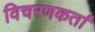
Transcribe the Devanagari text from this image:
विचरणकर्ता